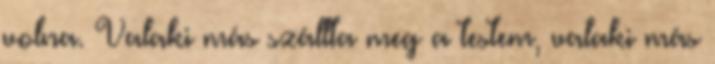
volna. Valaki más szállta meg a testem, valaki más